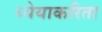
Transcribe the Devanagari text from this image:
ध्येयाकरिता